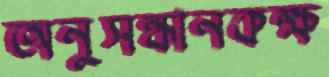
অনুসন্ধানকক্ষ